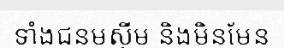
ទាំងជនមូស្លីម និងមិនមែន